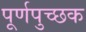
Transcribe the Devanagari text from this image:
पूर्णपुच्छक